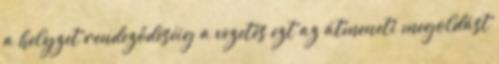
a helyzet rendeződéséig a vezetés ezt az átmeneti megoldást